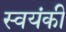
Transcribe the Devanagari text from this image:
स्वयंकी